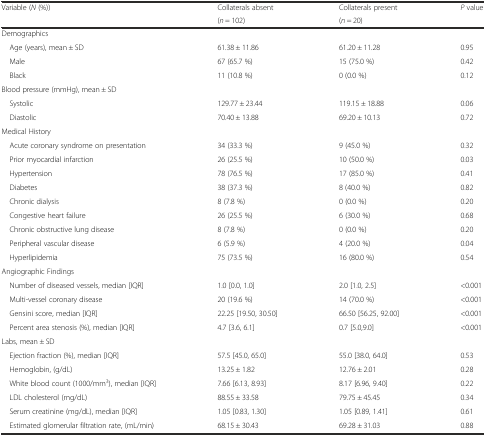
<table><thead><tr><td rowspan="2"><b>Variable (<i>N</i> (%))</b></td><td><b>Collaterals absent</b></td><td><b>Collaterals present</b></td><td rowspan="2"><b><i>P</i> value</b></td></tr><tr><td><b>(<i>n</i> = 102)</b></td><td><b>(<i>n</i> = 20)</b></td></tr></thead><tbody><tr><td>Demographics</td><td></td><td></td><td></td></tr><tr><td> Age (years), mean ± SD</td><td>61.38 ± 11.86</td><td>61.20 ± 11.28</td><td>0.95</td></tr><tr><td> Male</td><td>67 (65.7 %)</td><td>15 (75.0 %)</td><td>0.42</td></tr><tr><td> Black</td><td>11 (10.8 %)</td><td>0 (0.0 %)</td><td>0.12</td></tr><tr><td>Blood pressure (mmHg), mean ± SD</td><td></td><td></td><td></td></tr><tr><td> Systolic</td><td>129.77 ± 23.44</td><td>119.15 ± 18.88</td><td>0.06</td></tr><tr><td> Diastolic</td><td>70.40 ± 13.88</td><td>69.20 ± 10.13</td><td>0.72</td></tr><tr><td>Medical History</td><td></td><td></td><td></td></tr><tr><td> Acute coronary syndrome on presentation</td><td>34 (33.3 %)</td><td>9 (45.0 %)</td><td>0.32</td></tr><tr><td> Prior myocardial infarction</td><td>26 (25.5 %)</td><td>10 (50.0 %)</td><td>0.03</td></tr><tr><td> Hypertension</td><td>78 (76.5 %)</td><td>17 (85.0 %)</td><td>0.41</td></tr><tr><td> Diabetes</td><td>38 (37.3 %)</td><td>8 (40.0 %)</td><td>0.82</td></tr><tr><td> Chronic dialysis</td><td>8 (7.8 %)</td><td>0 (0.0 %)</td><td>0.20</td></tr><tr><td> Congestive heart failure</td><td>26 (25.5 %)</td><td>6 (30.0 %)</td><td>0.68</td></tr><tr><td> Chronic obstructive lung disease</td><td>8 (7.8 %)</td><td>0 (0.0 %)</td><td>0.20</td></tr><tr><td> Peripheral vascular disease</td><td>6 (5.9 %)</td><td>4 (20.0 %)</td><td>0.04</td></tr><tr><td> Hyperlipidemia</td><td>75 (73.5 %)</td><td>16 (80.0 %)</td><td>0.54</td></tr><tr><td>Angiographic Findings</td><td></td><td></td><td></td></tr><tr><td> Number of diseased vessels, median [IQR]</td><td>1.0 [0.0, 1.0]</td><td>2.0 [1.0, 2.5]</td><td>&lt;0.001</td></tr><tr><td> Multi-vessel coronary disease</td><td>20 (19.6 %)</td><td>14 (70.0 %)</td><td>&lt;0.001</td></tr><tr><td> Gensini score, median [IQR]</td><td>22.25 [19.50, 30.50]</td><td>66.50 [56.25, 92.00]</td><td>&lt;0.001</td></tr><tr><td> Percent area stenosis (%), median [IQR]</td><td>4.7 [3.6, 6.1]</td><td>0.7 [5.0,9.0]</td><td>&lt;0.001</td></tr><tr><td>Labs, mean ± SD</td><td></td><td></td><td></td></tr><tr><td> Ejection fraction (%), median [IQR]</td><td>57.5 [45.0, 65.0]</td><td>55.0 [38.0, 64.0]</td><td>0.53</td></tr><tr><td> Hemoglobin, (g/dL)</td><td>13.25 ± 1.82</td><td>12.76 ± 2.01</td><td>0.28</td></tr><tr><td> White blood count (1000/mm<sup>3</sup>), median [IQR]</td><td>7.66 [6.13, 8.93]</td><td>8.17 [6.96, 9.40]</td><td>0.22</td></tr><tr><td> LDL cholesterol (mg/dL)</td><td>88.55 ± 33.58</td><td>79.75 ± 45.45</td><td>0.34</td></tr><tr><td> Serum creatinine (mg/dL), median [IQR]</td><td>1.05 [0.83, 1.30]</td><td>1.05 [0.89, 1.41]</td><td>0.61</td></tr><tr><td> Estimated glomerular filtration rate, (mL/min)</td><td>68.15 ± 30.43</td><td>69.28 ± 31.03</td><td>0.88</td></tr></tbody></table>